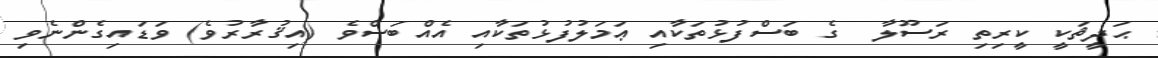
ޙަދީޘަކީ ކީރިތި ރަސޫލާ  ގެ ބަސްފުޅުތަކާއި ޢަމަލުފުޅުތަކާއި އެއްބަސްވެ (އިޤުރާރުވެ) ވަޑައިގެންނެވި